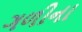
ગળીના